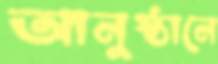
আনুষ্ঠানে